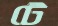
টে